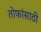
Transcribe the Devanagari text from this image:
तोफांसाठी